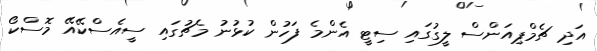
އަދި ޗެމްޕިއަންސް ލީގުގައި ސިޓީ އެންމެ ފަހުން ކުޅުނު މެޗުގައި ސީއެސްކޭއޭ މޮސްކޯ